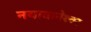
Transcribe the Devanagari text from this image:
नयाबानेश्वर